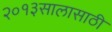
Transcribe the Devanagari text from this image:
२०१३सालासाठी